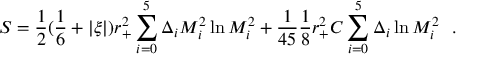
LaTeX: S = { \frac { 1 } { 2 } } ( { \frac { 1 } { 6 } } + | \xi | ) r _ { + } ^ { 2 } \sum _ { i = 0 } ^ { 5 } \Delta _ { i } M _ { i } ^ { 2 } \ln M _ { i } ^ { 2 } + { \frac { 1 } { 4 5 } } { \frac { 1 } { 8 } } r _ { + } ^ { 2 } C \sum _ { i = 0 } ^ { 5 } \Delta _ { i } \ln M _ { i } ^ { 2 } ~ ~ .